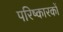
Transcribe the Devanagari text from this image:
परिष्कारकों